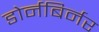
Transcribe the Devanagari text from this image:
डोर्नबिर्नर